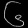
Digit: ၆